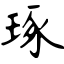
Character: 琢